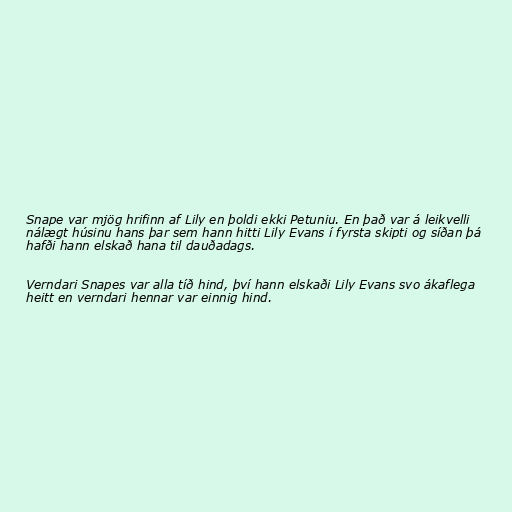
Snape var mjög hrifinn af Lily en þoldi ekki Petuniu. En það var á leikvelli
nálægt húsinu hans þar sem hann hitti Lily Evans í fyrsta skipti og síðan þá
hafði hann elskað hana til dauðadags.

Verndari Snapes var alla tíð hind, því hann elskaði Lily Evans svo ákaflega
heitt en verndari hennar var einnig hind.